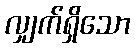
လျှက်ရှိသော